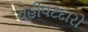
વહીવટદારો